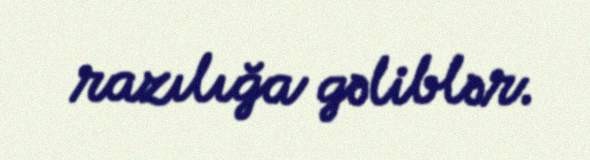
razılığa gəliblər.